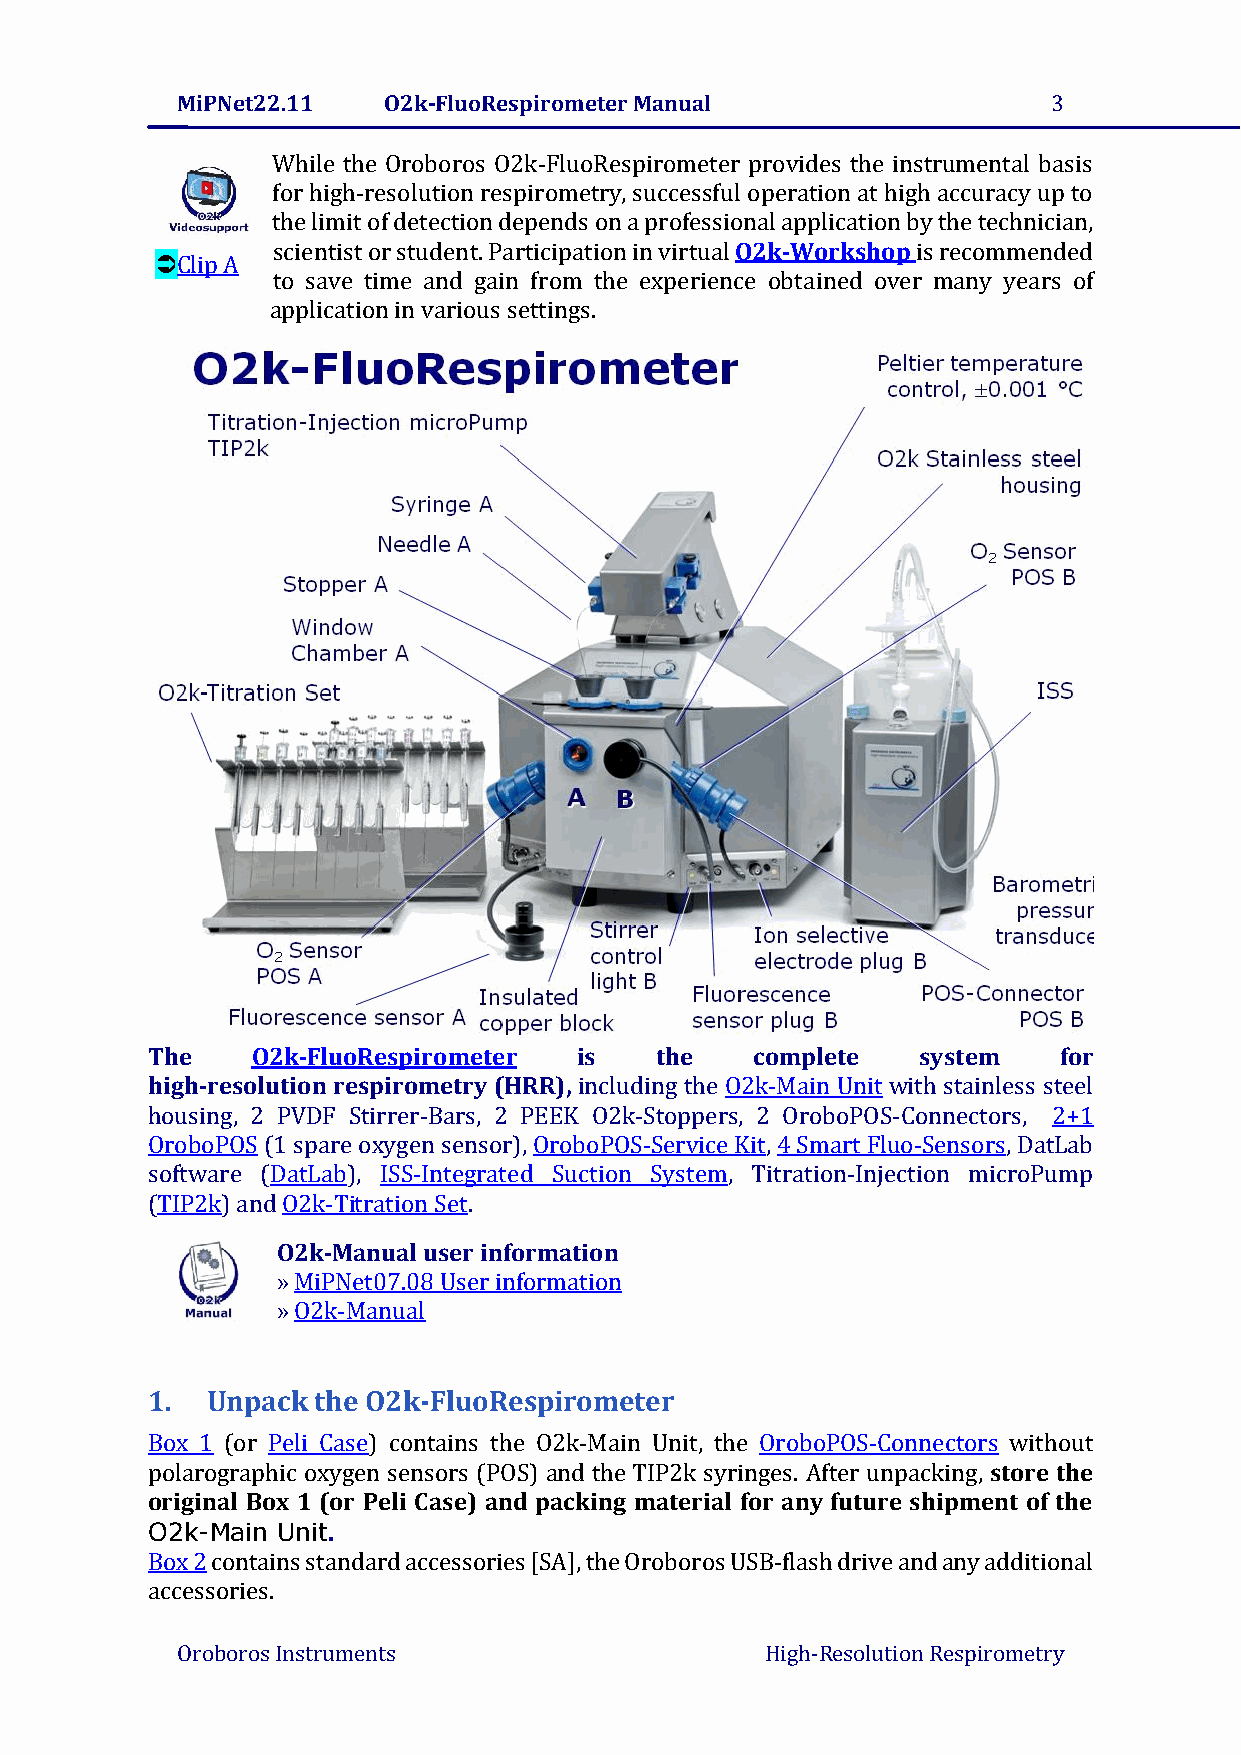
MiPNet22.11  O2k-FluoRespirometer Manual                  3
 While the Oroboros O2k-FluoRespirometer provides the instrumental basis
 for high-resolution respirometry, successful operation at high accuracy up to
 the limit of detection depends on a professional application by the technician,
 scientist or student. Participation in virtual O2k-Workshop is recommended
 Clip A
 to save time and gain from the experience obtained over many years of
 application in various settings.
 The    O2k-FluoRespirometer is   the    complete   system   for
 high-resolution respirometry (HRR), including the O2k-Main Unit with stainless steel
 housing, 2 PVDF Stirrer-Bars, 2 PEEK O2k-Stoppers, 2 OroboPOS-Connectors, 2+1
 OroboPOS (1 spare oxygen sensor), OroboPOS-Service Kit, 4 Smart Fluo-Sensors, DatLab
 software (DatLab), ISS-Integrated Suction System, Titration-Injection microPump
 (TIP2k) and O2k-Titration Set.
 O2k-Manual user information
 » MiPNet07.08 User information
 » O2k-Manual
 1.  Unpack the O2k-FluoRespirometer
 Box 1 (or Peli Case) contains the O2k-Main Unit, the OroboPOS-Connectors without
 polarographic oxygen sensors (POS) and the TIP2k syringes. After unpacking, store the
 original Box 1 (or Peli Case) and packing material for any future shipment of the
 O2k-Main Unit.
 Box 2 contains standard accessories [SA], the Oroboros USB-flash drive and any additional
 accessories.
 Oroboros Instruments                   High-Resolution Respirometry